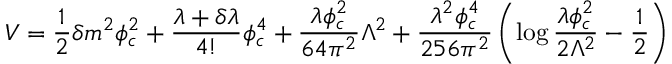
V = \frac { 1 } { 2 } \delta m ^ { 2 } \phi _ { c } ^ { 2 } + \frac { \lambda + \delta \lambda } { 4 ! } \phi _ { c } ^ { 4 } + \frac { \lambda \phi _ { c } ^ { 2 } } { 6 4 \pi ^ { 2 } } \Lambda ^ { 2 } + \frac { \lambda ^ { 2 } \phi _ { c } ^ { 4 } } { 2 5 6 \pi ^ { 2 } } \left( \log \frac { \lambda \phi _ { c } ^ { 2 } } { 2 \Lambda ^ { 2 } } - \frac { 1 } { 2 } \right)